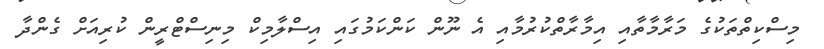
މިސްކިތްތަކުގެ މަރާމާތާއި އިމާރާތްކުރުމާއި އެ ނޫން ކަންކަމުގައި އިސްލާމިކް މިނިސްޓްރީން ކުރިއަށް ގެންދާ